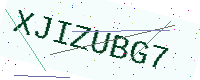
Text: XJIZUBG7